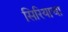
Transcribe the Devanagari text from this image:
सिरियाचा